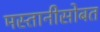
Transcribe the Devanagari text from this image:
मस्तानीसोबत